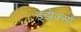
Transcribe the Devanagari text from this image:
इझेक्सों